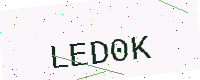
Text: LED0K